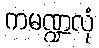
ကမဏ္ဍလုံ